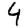
Digit: 4